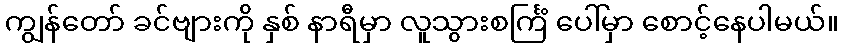
ကျွန်တော် ခင်ဗျားကို နှစ် နာရီမှာ လူသွားစင်္ကြံ ပေါ်မှာ စောင့်နေပါမယ်။